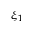
\xi _ { 1 }